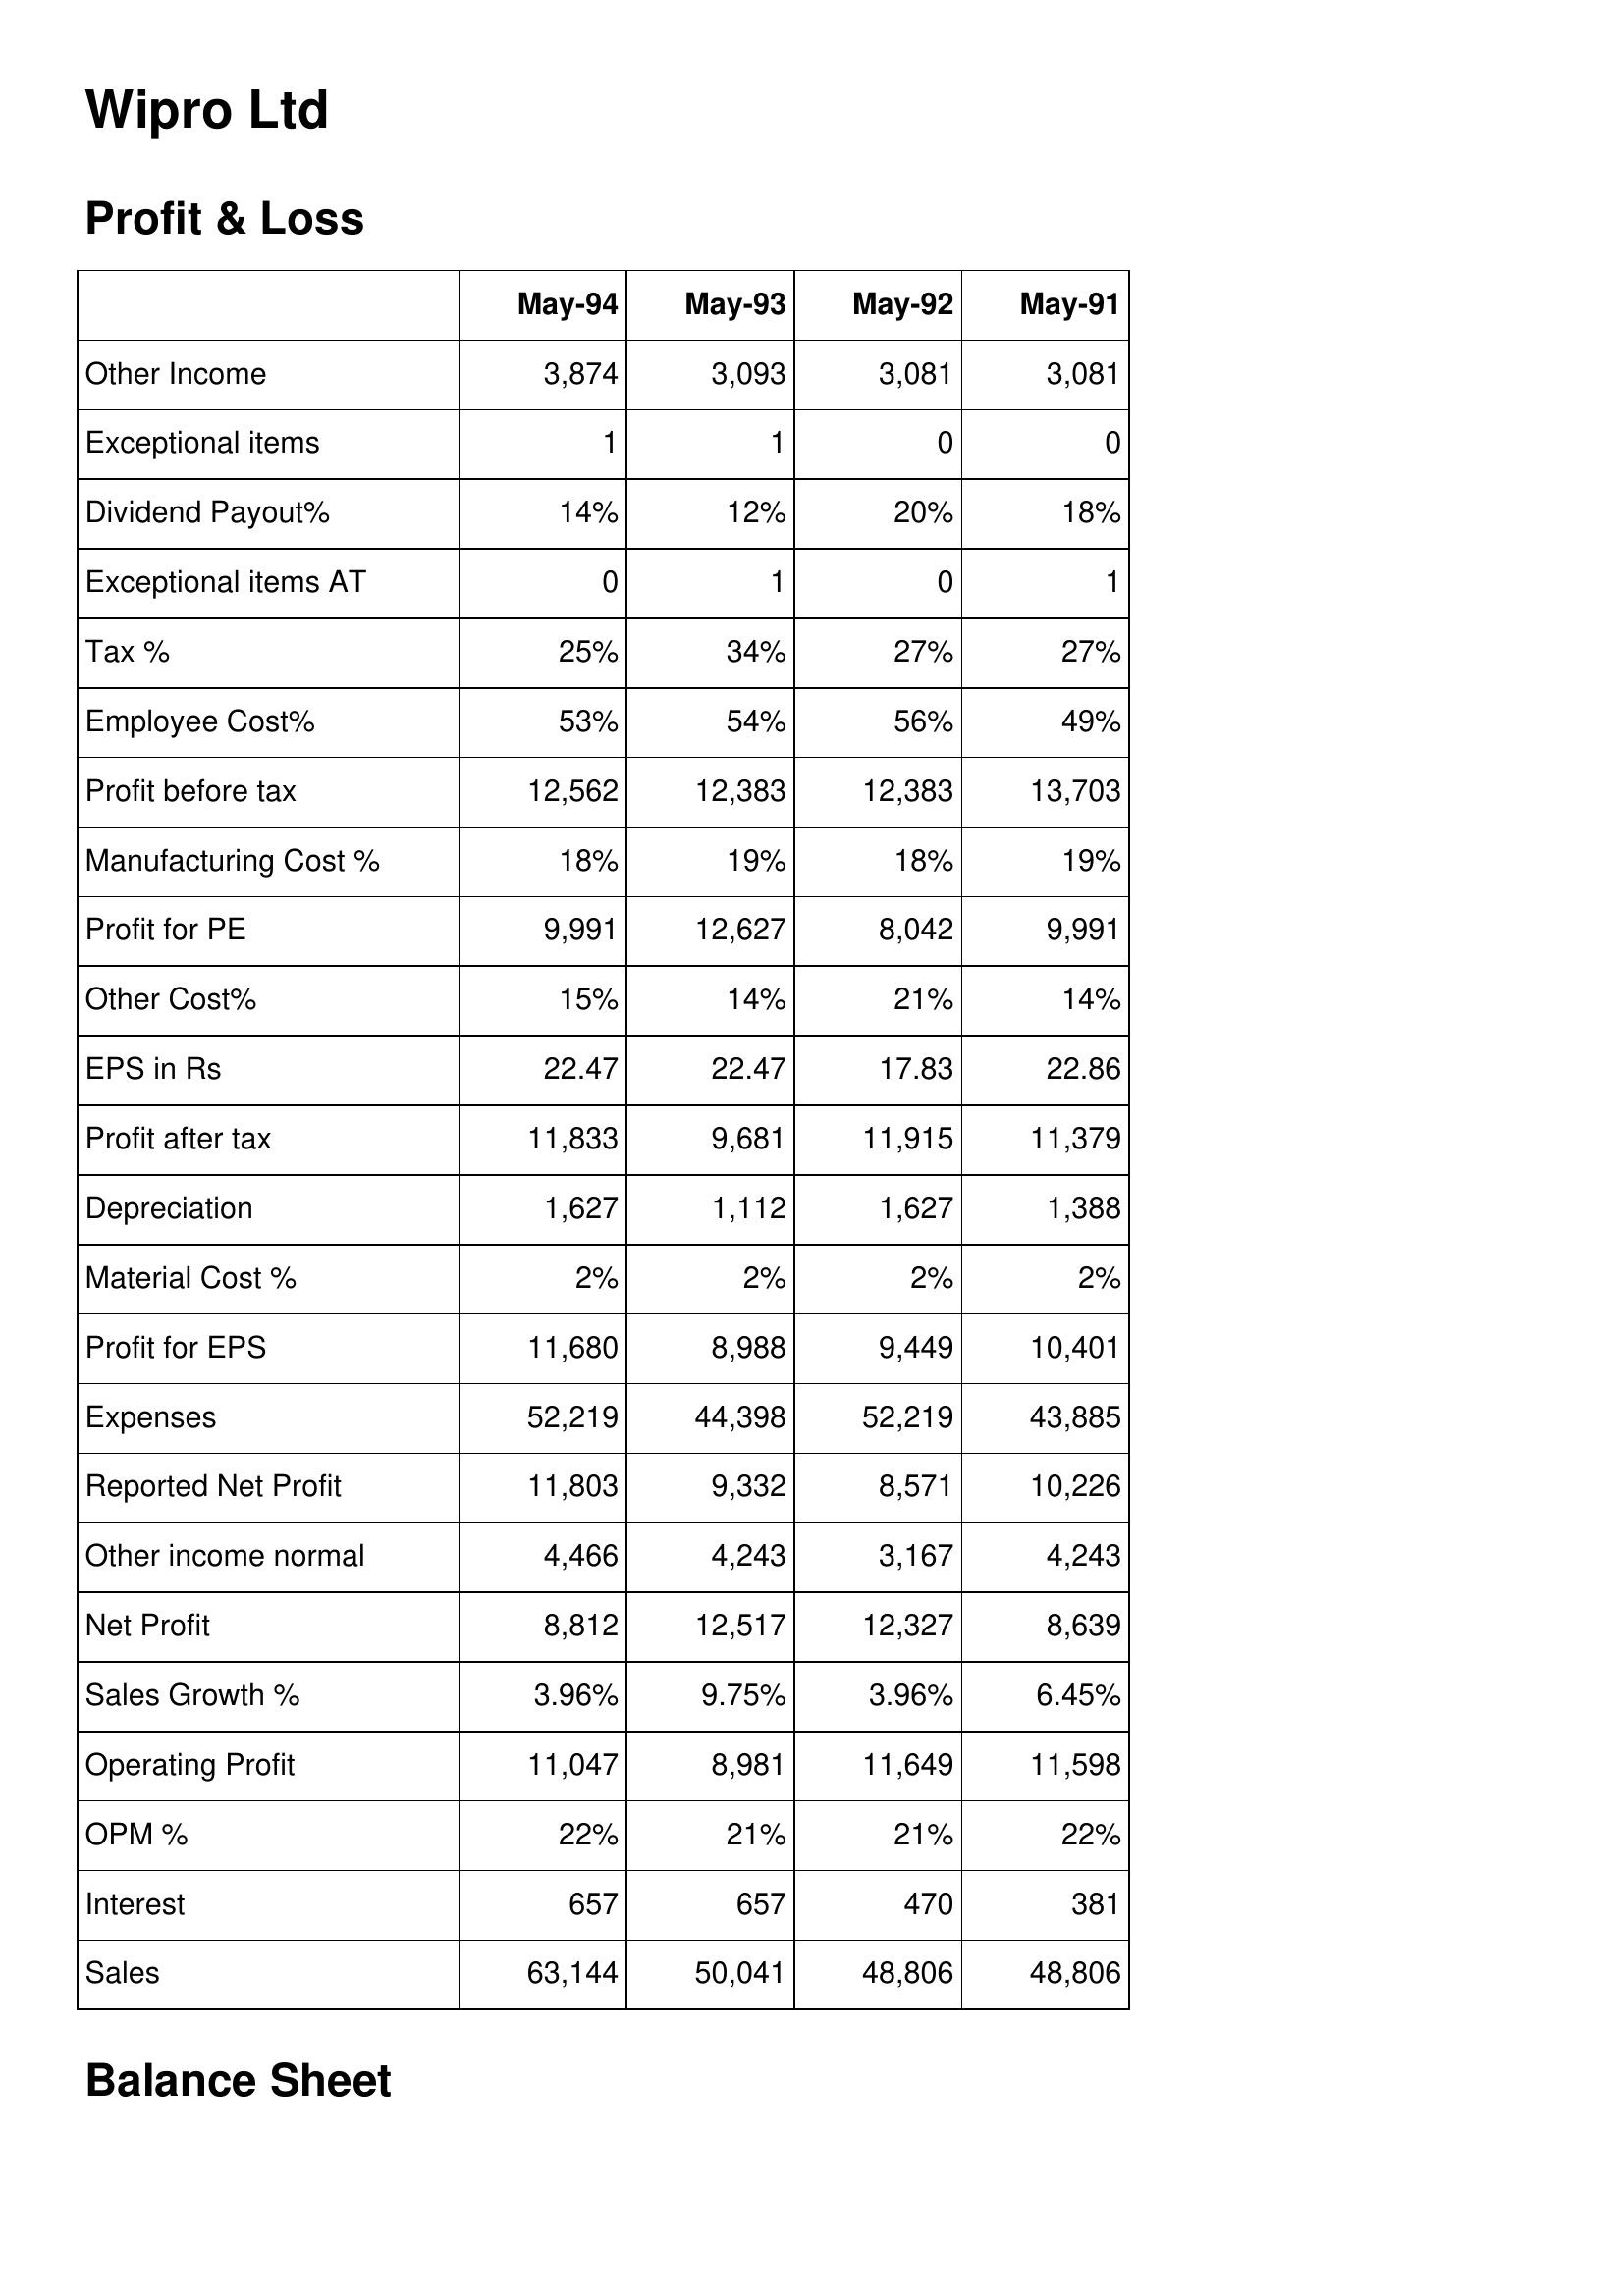
May-94: Profit & Loss: Other Income: 3,874
Exceptional items: 1
Dividend Payout%: 14%
Exceptional items AT: 0
Tax %: 25%
Employee Cost%: 53%
Profit before tax: 12,562
Manufacturing Cost %: 18%
Profit for PE: 9,991
Other Cost%: 15%
EPS in Rs: 22.47
Profit after tax: 11,833
Depreciation: 1,627
Material Cost %: 2%
Profit for EPS: 11,680
Expenses: 52,219
Reported Net Profit: 11,803
Other income normal: 4,466
Net Profit: 8,812
Sales Growth %: 3.96%
Operating Profit: 11,047
OPM %: 22%
Interest: 657
Sales: 63,144
May-93: Profit & Loss: Other Income: 3,093
Exceptional items: 1
Dividend Payout%: 12%
Exceptional items AT: 1
Tax %: 34%
Employee Cost%: 54%
Profit before tax: 12,383
Manufacturing Cost %: 19%
Profit for PE: 12,627
Other Cost%: 14%
EPS in Rs: 22.47
Profit after tax: 9,681
Depreciation: 1,112
Material Cost %: 2%
Profit for EPS: 8,988
Expenses: 44,398
Reported Net Profit: 9,332
Other income normal: 4,243
Net Profit: 12,517
Sales Growth %: 9.75%
Operating Profit: 8,981
OPM %: 21%
Interest: 657
Sales: 50,041
May-92: Profit & Loss: Other Income: 3,081
Exceptional items: 0
Dividend Payout%: 20%
Exceptional items AT: 0
Tax %: 27%
Employee Cost%: 56%
Profit before tax: 12,383
Manufacturing Cost %: 18%
Profit for PE: 8,042
Other Cost%: 21%
EPS in Rs: 17.83
Profit after tax: 11,915
Depreciation: 1,627
Material Cost %: 2%
Profit for EPS: 9,449
Expenses: 52,219
Reported Net Profit: 8,571
Other income normal: 3,167
Net Profit: 12,327
Sales Growth %: 3.96%
Operating Profit: 11,649
OPM %: 21%
Interest: 470
Sales: 48,806
May-91: Profit & Loss: Other Income: 3,081
Exceptional items: 0
Dividend Payout%: 18%
Exceptional items AT: 1
Tax %: 27%
Employee Cost%: 49%
Profit before tax: 13,703
Manufacturing Cost %: 19%
Profit for PE: 9,991
Other Cost%: 14%
EPS in Rs: 22.86
Profit after tax: 11,379
Depreciation: 1,388
Material Cost %: 2%
Profit for EPS: 10,401
Expenses: 43,885
Reported Net Profit: 10,226
Other income normal: 4,243
Net Profit: 8,639
Sales Growth %: 6.45%
Operating Profit: 11,598
OPM %: 22%
Interest: 381
Sales: 48,806